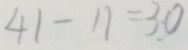
4 1 - 1 1 = 3 0